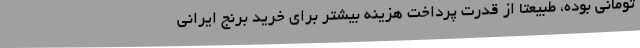
تومانی بوده، طبیعتا از قدرت پرداخت هزینه بیشتر برای خرید برنج ایرانی